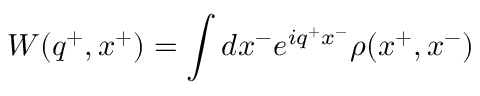
W ( q ^ { + } , x ^ { + } ) = \int d x ^ { - } e ^ { i q ^ { + } x ^ { - } } \rho ( x ^ { + } , x ^ { - } )